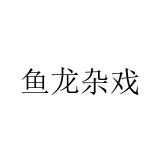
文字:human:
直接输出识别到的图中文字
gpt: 鱼龙杂戏